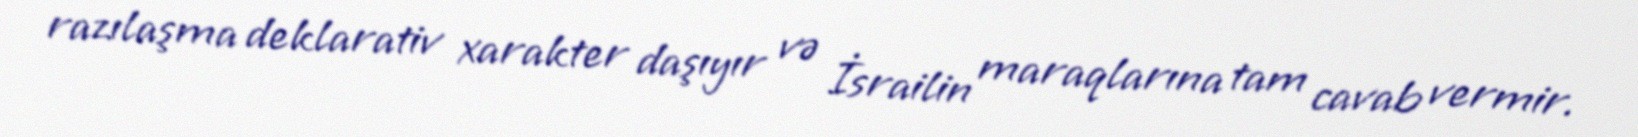
razılaşma deklarativ xarakter daşıyır və İsrailin maraqlarına tam cavab vermir.